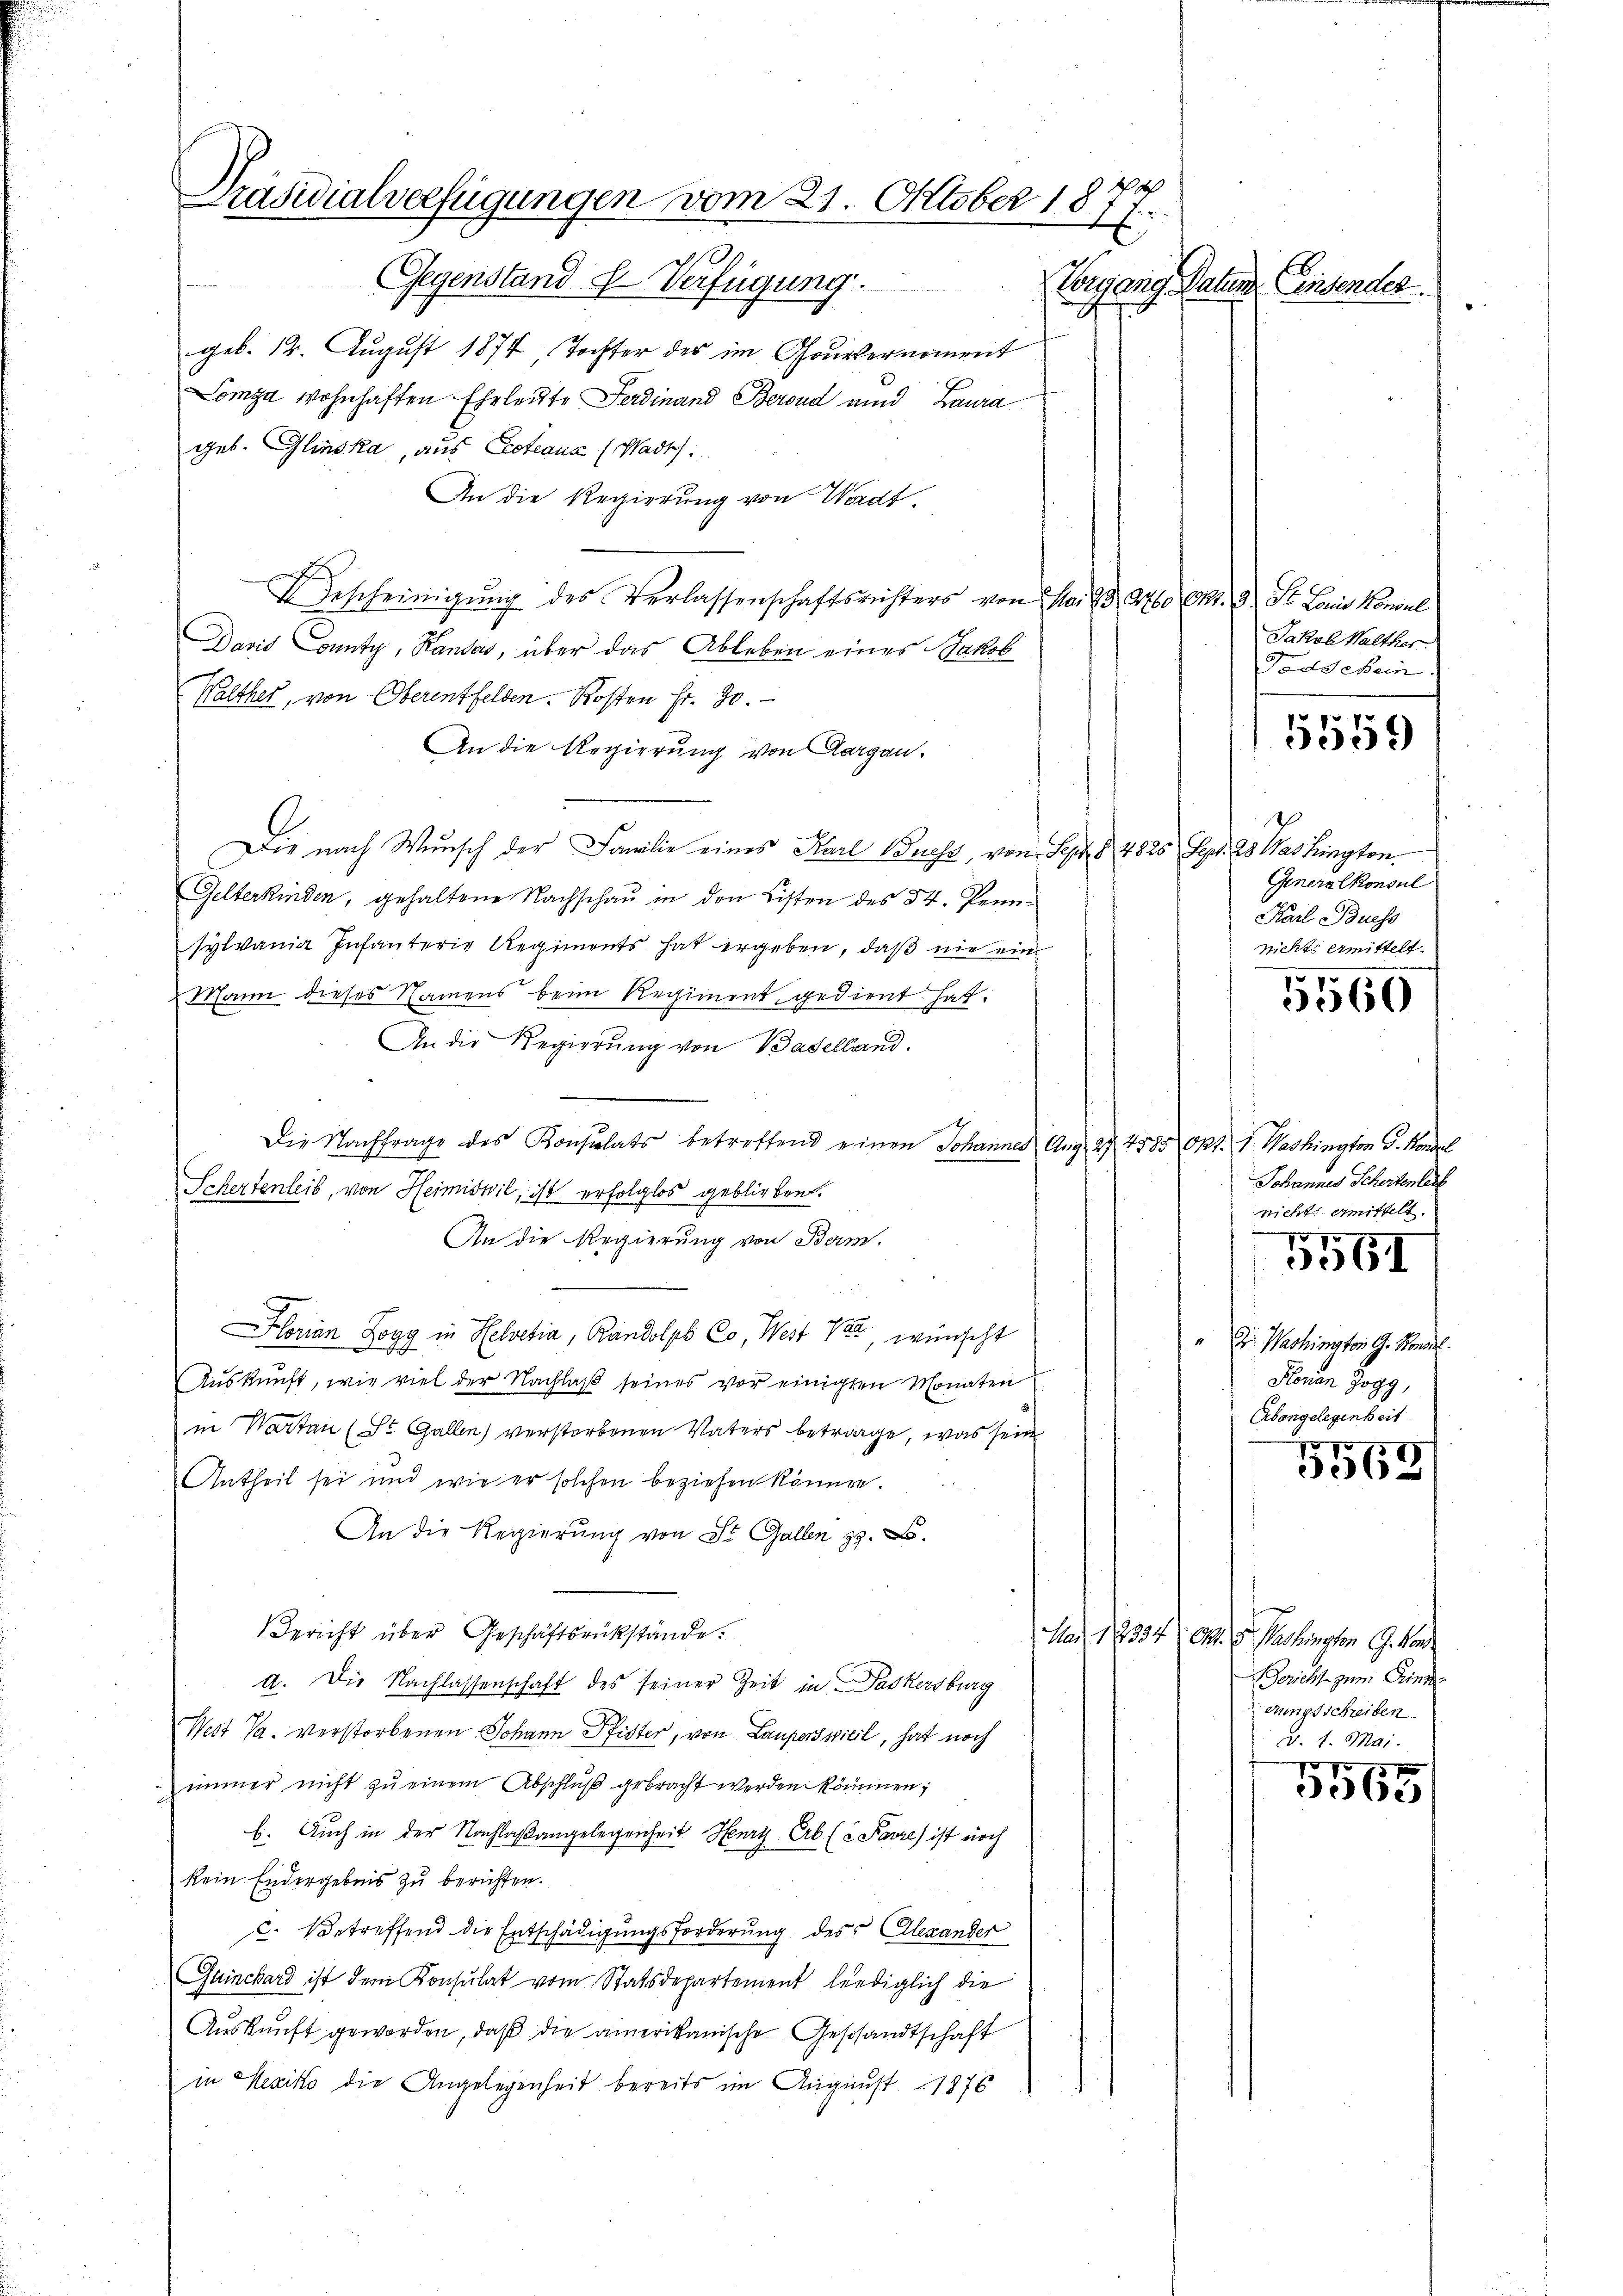
b
Präsidialverfügungen vom 21. Oktober 187.
g
x
Gegenstand Verfügung.
Vorgang Natur einsenden.

geb. 12. August 1874 Tochter des im Gouvernoment
Lomga wohnhaften Eheleute Ferdinand Berond und Baura
geb. Glinska, aus Proteana (Wadts.
An die Regierung von Wardt.
I Bescheinigung des Verlassenschaftsrichters von No. 23, 260 Ct. 9 St. Louis Konsul
David County, Randas, über das Ableben eines Jakob
Walther, von Oberentfelden. Kosten Fr. 30.
An die Regierung von Aargau.
Die nach Wunsch der Familie eines Karl Wucht, von Sept. § 4825 Sept. Es Washington
Gelterkinden, gehaltene Nachschau in den Listen des 54. Pennsylvania Infanterie Regiments hat ergeben, daß nie ein
Mann dieses Namens beim Regiment gedient hat.
An die Regierung von Baselland.
1
Die Nachfrage des Konsulats betreffend einen Johannes Aug. 27. 4585 Okt. 1. Washington G. Köndal
Schertenleib, von Heimiswil, ist erfolglos geblieben.
An die Regierung von Bern.
Hlorian Jogg in Helvetia, Randolph Co, West vor, wünscht
Aŭskŭnft, wie viel der Nachlaβ seines vor einigten Monaten
in Warten (St. Gallen) verstorbenen Vaters betrage, was sein
Antheil sei und wie er solchen beziehen könne.
An die Regierung von St. Gallen 29. X.
Gericht über Geschäftsrükstände.
a. Die Nachlassenschaft des seiner Zeit in Packersburg
West Va. verstorbenen Johann Pfister, von Laupersicil, hat noch
immer nicht zu einem Abschluß gebracht werden können;
E. Auch in der Nachlaßangelegenheit Hurt Erb (2 Parre ist noch
kein Endergebnis zu berichten.
c. betreffend die Entschädigungsforderung des Alexander
Guinchard ist dem Konsulat vom Statsdepartement lediglich die
Auskunft geworden, daß die amerikanische Geschandtschaft
in Mexiko die Angelegenheit bereits im August 1876

Jakob Walther
Todschein
5559

t
Generalkonsul
Karl Buess
nicht ermittelt.

p
.66)

Johannes Scheitenleit
nicht amittelt.

5561

e
Dr. Washington G. Handel.
Konian Jogg,
Erbangelegenheit

NNo 1547
e

M 18334/ es. v. Washingen 9. Man
Gericht zum Sinn
Aungsschreiben
d. 1. Mai.

5565